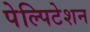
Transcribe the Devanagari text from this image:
पेल्पिटेशन